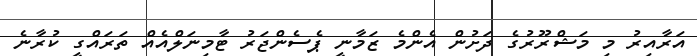
އަރާއިރު މި މަޝްރޫރުގެ ދަށުން އެންމެ ޒަމާނީ ޕެސެންޖަރު ޓާމިނަލްއެއް ތަރައްގީ ކުރާނެ